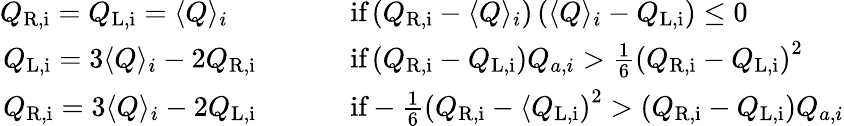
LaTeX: \begin{array}{rl}{Q_{\mathrm{R,i}}=Q_{\mathrm{L,i}}=\langle Q\rangle_{i}\quad\, \, \quad\quad}&{\textrm{if}\left(Q_{\mathrm{R,i}}-\langle Q\rangle_{i}\right)\left(\langle Q\rangle_{i}-Q_{\mathrm{L,i}}\right)\leq 0}\\ {Q_{\mathrm{L,i}}=3\langle Q\rangle_{i}-2Q_{\mathrm{R,i}}\, \, \quad\quad}&{\textrm{if}\left(Q_{\mathrm{R,i}}-Q_{\mathrm{L,i}}\right)Q_{a,i}>\frac{1}{6}\left(Q_{\mathrm{R,i}}-Q_{\mathrm{L,i}}\right)^{2}}\\ {Q_{\mathrm{R,i}}=3\langle Q\rangle_{i}-2Q_{\mathrm{L,i}}\, \, \quad\quad}&{\textrm{if}-\frac{1}6\left(Q_{\mathrm{R,i}}-\langle Q_{\mathrm{L,i}}\right)^{2}>\left(Q_{\mathrm{R,i}}-Q_{\mathrm{L,i}}\right)Q_{a,i}}\end{array}